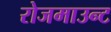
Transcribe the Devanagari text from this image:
रोजमाउन्ट